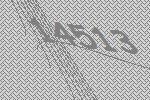
14513